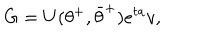
G = U ( \theta ^ { + } , \bar { \theta } ^ { + } ) e ^ { t a } v ,